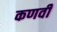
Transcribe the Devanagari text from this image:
कणवी